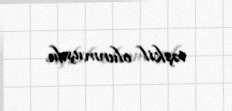
təşkil olunmuşdu.